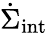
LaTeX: \dot{\Sigma}_{\mathrm{int}}